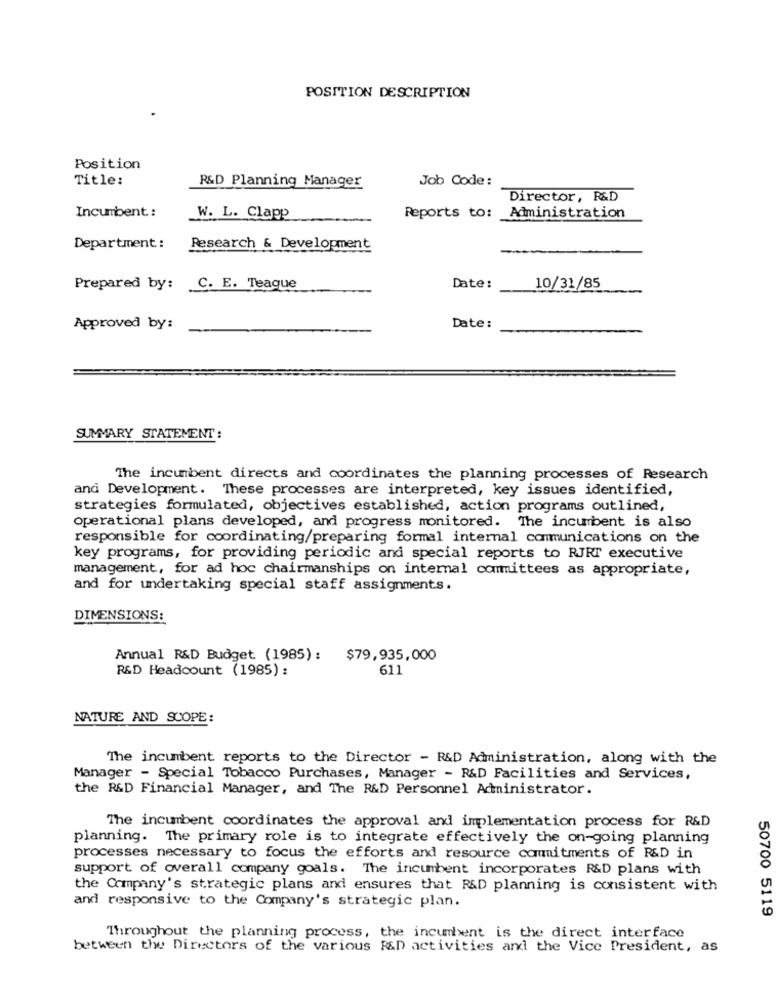
POSITION DESCRIPTION
Position
Title:
R&D Planning Manager
Job Code:
Director, R&D
Incumbent:
W. L. Clapp
Reports to: Administration
Department :
Research & Development
Prepared by: C. E. Teaque
Date:
10/31/85
Approved by:
Date:
SUMMARY STATEMENT:
The incumbent directs and coordinates the planning processes of Research
and Development. These processes are interpreted, key issues identified
strategies formulated, objectives established, action programs outlined,
operational plans developed, and progress monitored. The incumbent is also
responsible for coordinating/preparing formal internal communications on the
key programs, for providing periodic and special reports to RJRT executive
management, for ad hoc chairmanships on internal committees as appropriate,
and for undertaking special staff assignments.
DIMENSIONS:
Annual R&D Budget (1985): $79,935,000
R&D Headcount (1985):
611
NATURE AND SCOPE:
The incumbent reports to the Director - R&D Administration, along with the
Manager - Special Tobacco Purchases, Manager - R&D Facilities and Services,
the R&D Financial Manager, and The R&D Personnel Administrator.
The incumbent coordinates the approval and implementation process for R&D
planning. The primary role is to integrate effectively the on-going planning
processes necessary to focus the efforts and resource commitments of R&D in
support of overall company goals. The incumbent incorporates R&D plans with
the Company's strategic plans and ensures that R&D planning is consistent with
and responsive to the Company's strategic plan.
50700 5119
Throughout the planning process, the incumbent is the direct interface
between the Directors of the various R&D activities and the Vice President, as